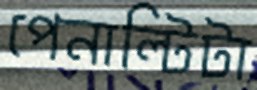
পেনাল্টিটা